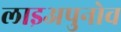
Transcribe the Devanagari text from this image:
लाइअपुनोव